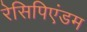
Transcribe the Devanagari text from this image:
रेसिपिएंडम